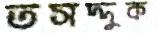
তসদ্দুক